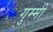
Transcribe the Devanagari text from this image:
गुम्मी